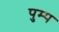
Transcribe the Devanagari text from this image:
पुम्प